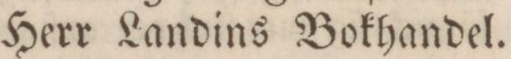
Herr Landins Bokhandel.